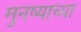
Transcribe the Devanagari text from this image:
मुनष्याच्या